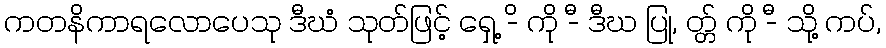
ကတနိကာရလောပေသု ဒီဃံ သုတ်ဖြင့် ရှေ့ -ိ ကို -ီ ဒီဃ ပြု, တ္တ် ကို -ီ သို့ ကပ်,